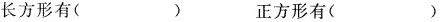
长方形有( ) 正方形有( )